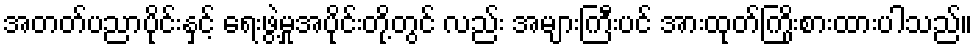
အတတ်ပညာပိုင်းနှင့် ရေးဖွဲ့မှုအပိုင်းတို့တွင် လည်း အများကြီးပင် အားထုတ်ကြိုးစားထားပါသည်။